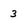
Character: 3